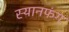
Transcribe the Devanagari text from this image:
स्यानफंग